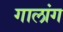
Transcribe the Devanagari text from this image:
गालांग